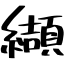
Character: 纈